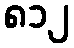
၈၁၂